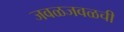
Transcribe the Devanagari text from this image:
जवळजवळची